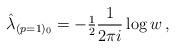
LaTeX: \begin{align*}\hat{\lambda}_{(p=1)_{0}} =-{\textstyle\frac{1}{2}}\frac{1}{2\pi i}\log{w}\, ,\end{align*}